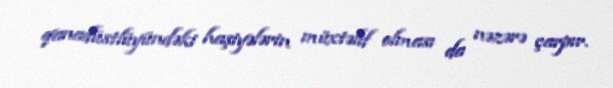
qanadüstlüyündəki haşiyələrin müxtəlif olması da nəzərə çarpır.